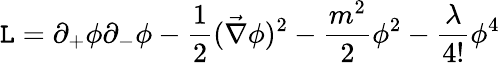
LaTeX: {\cal\mathtt{L}}=\partial_{+}\phi\partial_{-}\phi-\frac{{1}}{{2}}(\vec{{\nabla}}\phi)^{2}-\frac{{m^{2}}}{{2}}\phi^{2}-\frac{{\lambda}}{{4!}}\phi^{4}